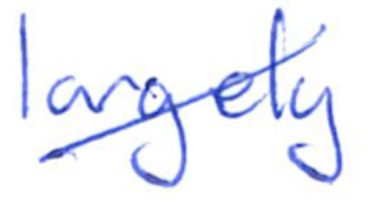
Text: largely
Cross-out: mix
Writing tool: ballpoint